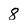
Character: 8